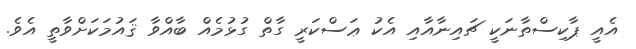
އެއީ ޕާކިސްތާނަކީ ޗައިނާއާއި އެކު ޢަސްކަރީ ގާތް ގުޅުމެއް ބާއްވާ ޤައުމަކަށްވާތީ އެވެ.